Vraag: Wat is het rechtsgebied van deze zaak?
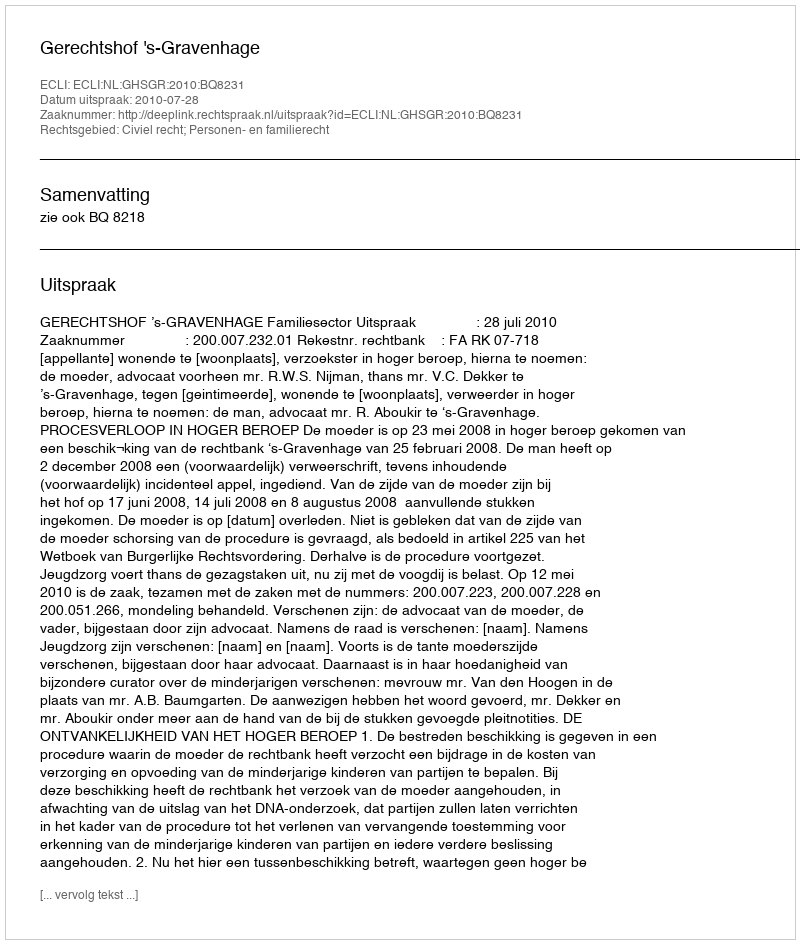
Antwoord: Civiel recht; Personen- en familierecht